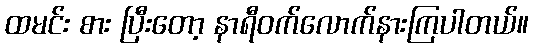
ထမင်း စား ပြီးတော့ နာရီဝက်လောက်နားကြပါတယ်။